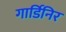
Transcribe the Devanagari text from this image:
गार्डिनिर